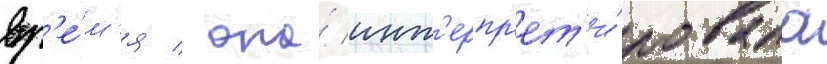
вр'е́м'я / она́ инт'ерпр'ет'и́ровала